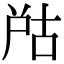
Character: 𡱨